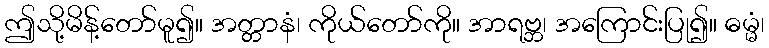
ဤသို့မိန့်တော်မူ၍။ အတ္တာနံ၊ ကိုယ်တော်ကို။ အာရဗ္ဘ၊ အကြောင်းပြု၍။ ဓမ္မံ၊